Vaccination report Assam 1874-1896 - 1874-1896
Year: 1874
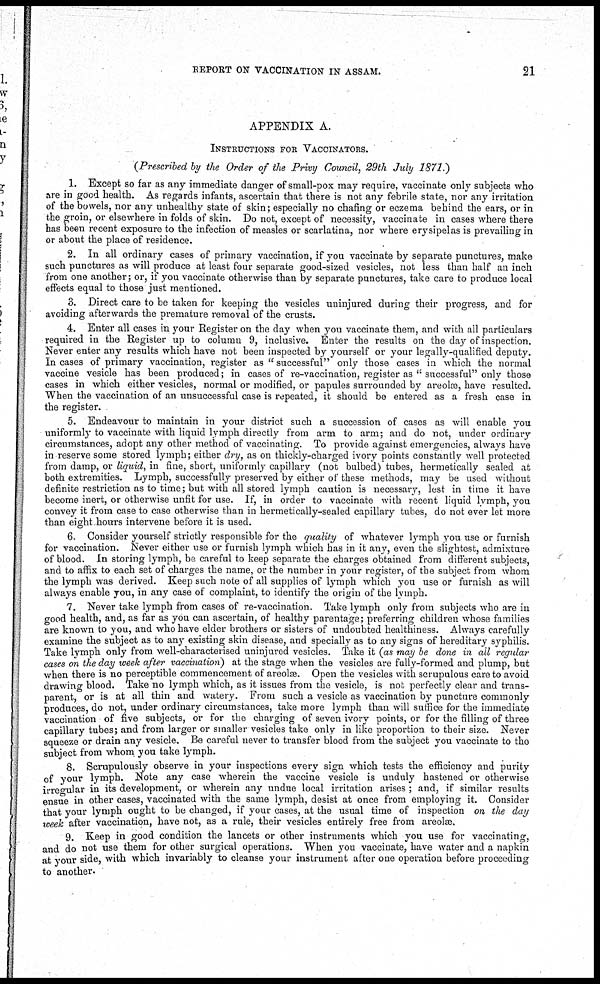
REPORT ON VACCINATION IN ASSAM.
21
APPENDIX A.
INSTRUCTIONS FOR VACCINATORS.
(Prescribed by the Order of the Privy Council, 29th July 1871.)
1. Except so far as any immediate danger of small-pox may require, vaccinate only subjects who
are in good health. As regards infants, ascertain that there is not any febrile state, nor any irritation
of the bowels, nor any unhealthy state of skin; especially no chafing or eczema behind the ears, or in
the groin, or elsewhere in folds of skin. Do not, except of necessity, vaccinate in cases where there
has been recent exposure to the infection of measles or scarlatina, nor where erysipelas is prevailing in
or about the place of residence.
2. In all ordinary cases of primary vaccination, if you vaccinate by separate punctures, make
such punctures as will produce at least four separate good-sized vesicles, not less than half an inch
from one another; or, if you vaccinate otherwise than by separate punctures, take care to produce local
effects equal to those just mentioned.
3. Direct care to be taken for keeping the vesicles uninjured during their progress, and for
avoiding afterwards the premature removal of the crusts.
4. Enter all cases in your Register on the day when you vaccinate them, and with all particulars
required in the Register up to column 9, inclusive. Enter the results on the day of inspection.
Never enter any results which have not been inspected by yourself or your legally-qualified deputy.
In cases of primary vaccination, register as " successful" only those cases in which the normal
vaccine vesicle has been produced; in cases of re-vaccination, register as " successful" only those
cases in which either vesicles, normal or modified, or papules surrounded by areolæ, have resulted.
When the vaccination of an unsuccessful case is repeated, it should be entered as a fresh case in
the register.
5. Endeavour to maintain in your district such a succession of cases as will enable you
uniformly to vaccinate with liquid lymph directly from arm to arm; and do not, under ordinary
circumstances, adopt any other method of vaccinating. To provide against emergencies, always have
in reserve some stored lymph; either dry, as on thickly-charged ivory points constantly well protected
from damp, or liquid, in fine, short, uniformly capillary (not bulbed) tubes, hermetically sealed at
both extremities. Lymph, successfully preserved by either of these methods, may be used without
definite restriction as to time; but with all stored lymph caution is necessary, lest in time it have
become inert, or otherwise unfit for use. If, in order to vaccinate with recent liquid lymph, you
convey it from case to case otherwise than in hermetically-sealed capillary tubes, do not ever let more
than eight hours intervene before it is used.
6. Consider yourself strictly responsible for the quality of whatever lymph you use or furnish
for vaccination. Never either use or furnish lymph which has in it any, even the slightest, admixture
of blood. In storing lymph, be careful to keep separate the charges obtained from different subjects,
and to affix to each set of charges the name, or the number in your register, of the subject from whom
the lymph was derived. Keep such note of all supplies of lymph which you use or furnish as will
always enable you, in any case of complaint, to identify the origin of the lymph.
7. Never take lymph from cases of re-vaccination. Take lymph only from subjects who are in
good health, and, as far as you can ascertain, of healthy parentage; preferring children whose families
are known to you, and who have elder brothers or sisters of undoubted healthiness. Always carefully
examine the subject as to any existing skin disease, and specially as to any signs of hereditary syphilis.
Take lymph only from well-characterised uninjured vesicles. Take it (as may be done in all regular
cases on the day week after vaccination) at the stage when the vesicles are fully-formed and plump, but
when there is no perceptible commencement of areolæ. Open the vesicles with scrupulous care to avoid
drawing blood. Take no lymph which, as it issues from the vesicle, is not perfectly clear and trans-
parent, or is at all thin and watery. From such a vesicle as vaccination by puncture commonly
produces, do not, under ordinary circumstances, take more lymph than will suffice for the immediate
vaccination of five subjects, or for the charging of seven ivory points, or for the filling of three
capillary tubes; and from larger or smaller vesicles take only in like proportion to their size. Never
squeeze or drain any vesicle. Be careful never to transfer blood from the subject you vaccinate to the
subject from whom you take lymph.
8. Scrupulously observe in your inspections every sign which tests the efficiency and purity
of your lymph. Note any case wherein the vaccine vesicle is unduly hastened or otherwise
irregular in its development, or wherein any undue local irritation arises ; and, if similar results
ensue in other cases, vaccinated with the same lymph, desist at once from employing it. Consider
that your lymph ought to be changed, if your cases, at the usual time of inspection on the day
week after vaccination, have not, as a rule, their vesicles entirely free from areolæ.
9. Keep in good condition the lancets or other instruments which you use for vaccinating,
and do not use them for other surgical operations. When you vaccinate, have water and a napkin
at your side, with which invariably to cleanse your instrument after one operation before proceeding
to another.